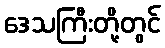
ဒေသကြီးတို့တွင်